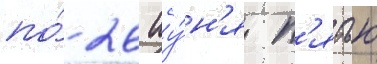
по́ 26 иу́н'я п'ятью